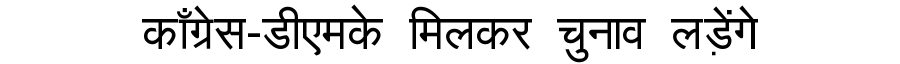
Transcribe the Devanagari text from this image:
काँग्रेस-डीएमके मिलकर चुनाव लड़ेंगे